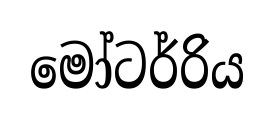
මෝටර්රිය